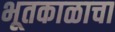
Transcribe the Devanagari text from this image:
भूतकाळाचा